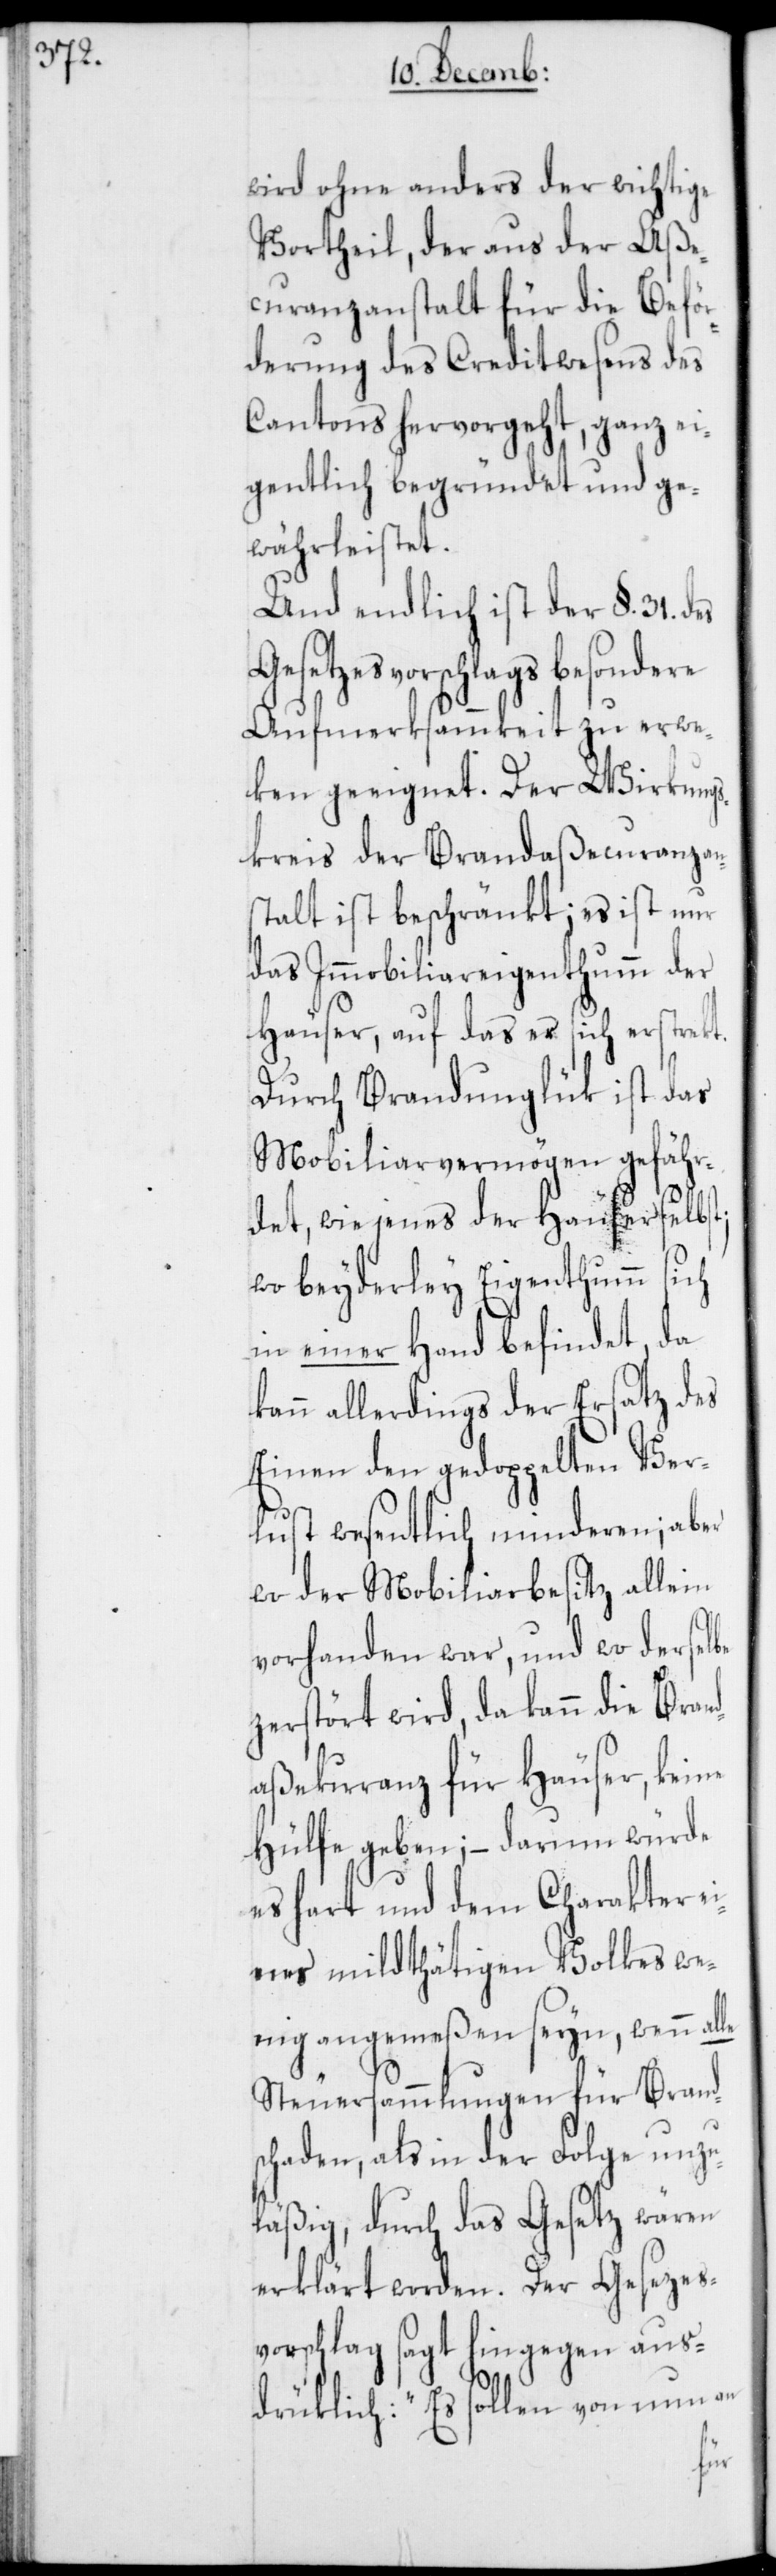
wird ohne anders der wichtige
Vortheil, der aus der Aße¬
curanzanstalt für die Beför¬
derung des Creditwesens des
Cantons hervorgeht, ganz ei¬
gentlich begründet und ge¬
währleistet.
Und endlich ist der §. 31. des
Gesetzesvorschlags besondere
Aufmerksammkeit zu erwe¬
ken geeignet. Der Wirkungs¬
kreis der Brandaßecuranzan¬
stalt ist beschränkt; es ist nur
das Immobiliareigenthumm der
Häuser, auf das es sich erstrekt.
Durch Brandunglük ist das
Mobiliarvermögen gefähr¬
det, wie jenes der Häuser selbst;
wo beyderley Eigenthumm sich
in einer Hand befindet, da
kann allerdings der Ersatz des
Einen den gedoppelten Ver¬
lust wesentlich minderen; aber
wo der Mobiliarbesitz allein
vorhanden war, und wo derselbe
zerstört wird, da kann die Brand¬
aßekuranz für Häuser, keine
Hülfe geben; – darum würde
es hart und dem Charakter
eines mildthätigen Volkes we¬
nig angemeßen seyn, wenn alle
Steuersammlungen für Brand¬
schaden, als in der Folge unzu¬
läßig, durch das Gesetz wären
erklärt worden. Der Gesezes¬
vorschlag sagt hingegen aus¬
drüklich: „Es sollen von nun an